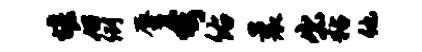
堰后例蜃夸佑曩出粘他